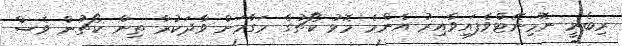
ރިބެރީ ނޮމިނޭޓްވެފައިވާއިރު އެންމެ މޮޅު ކޯޗުގެ މަގާމަށް ވާދަކުރާ ތިން ކޯޗުން ވެސް